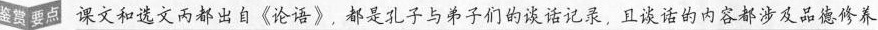
鉴课文和选文丙都出自《论语》，都是孔子与弟子们的谈话记录，且谈话的内容都涉及品德修养